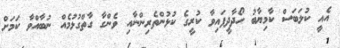
އެއީ ކުލަބަސް ކާމިޔާބު ހޯދާދީފައިވާ ކުރީގެ ކުޅުންތެރިންނާއި ވެންގާ ގާތްގުޅުމެއް ނުބާއްވާ ކަމަށް